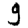
Digit: 9